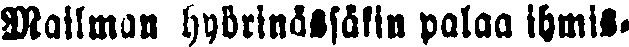
mailman höyrinässäkin palaa ihmis-